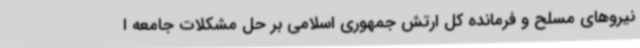
نیروهای مسلح و فرمانده کل ارتش جمهوری اسلامی بر حل مشکلات جامعه ا